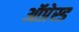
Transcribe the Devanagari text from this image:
ऑप्रेस्ड